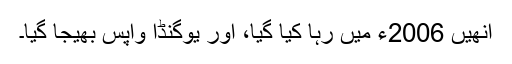
اُنھیں 2006ء میں رہا کیا گیا، اور یوگنڈا واپس بھیجا گیا۔